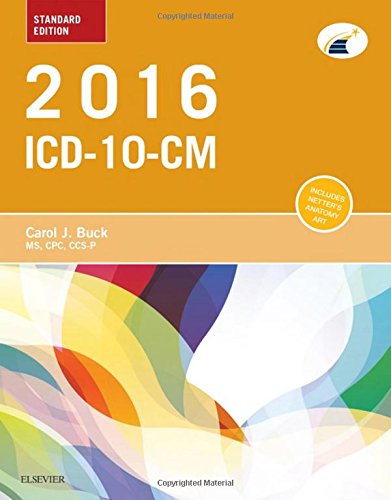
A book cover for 2016 ICD-10-CM Standard Edition, 1e; Carol J. Buck MS  CPC  CCS-P; Medical Books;